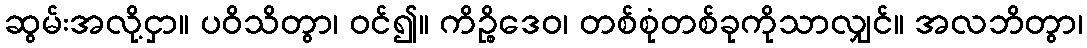
ဆွမ်းအလို့ငှာ။ ပဝိသိတွာ၊ ဝင်၍။ ကိဉ္စိဒေဝ၊ တစ်စုံတစ်ခုကိုသာလျှင်။ အလဘိတွာ၊